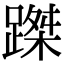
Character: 𨃥